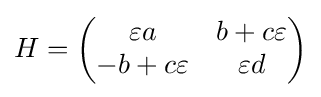
H={\begin{pmatrix}\varepsilon a&b+c\varepsilon \\-b+c\varepsilon &\varepsilon d\end{pmatrix}}